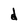
Character: d